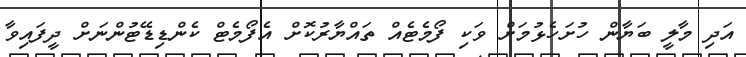
އަދި މާލީ ބަޔާން ހުށަހެޅުމަށް ވަކި ފޯމެޓެއް ތައްޔާރުކޮށް އެފޯމެޓް ކެންޑިޑޭޓުންނަށް ދީފައިވާ